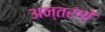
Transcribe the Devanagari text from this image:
अन्तरंगों